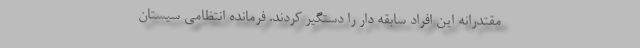
مقتدرانه این افراد سابقه دار را دستگیر کردند. فرمانده انتظامی سیستان